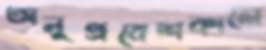
অনুপ্রবেশকালে